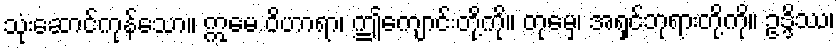
သုံးဆောင်ကုန်သော။ ဣမေ ဝိဟာရာ၊ ဤကျောင်းတို့ကို။ တုမှေ၊ အရှင်ဘုရားတို့ကို။ ဥဒ္ဒိဿ၊